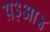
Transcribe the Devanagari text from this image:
य़३आ४